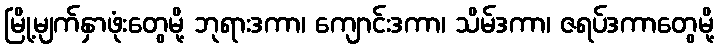
မြို့မျက်နှာဖုံးတွေမို့ ဘုရားဒကာ၊ ကျောင်းဒကာ၊ သိမ်ဒကာ၊ ဇရပ်ဒကာတွေမို့